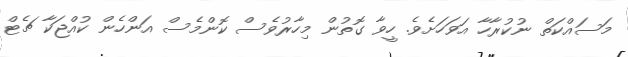
މަސައްކަތް ނުކުރާހާ އަވަހަށެވެ. ހީވާ ގޮތުން މިހާރުވެސް ކޮންމެސް އަންހެން ކުއްޖަކާ ޗެޓް